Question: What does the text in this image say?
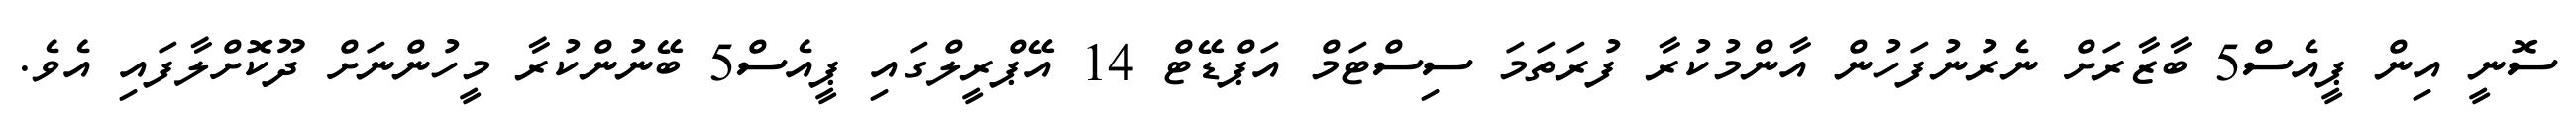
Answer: ސޮނީ އިން ޕީއެސް5 ބާޒާރަށް ނެރުނުފަހުން އާންމުކުރާ ފުރަތަމަ ސިސްޓަމް އަޕްޑޭޓް 14 އޭޕްރީލްގައި ޕީއެސް5 ބޭނުންކުރާ މީހުންނަށް ދޫކޮށްލާފައި އެވެ.